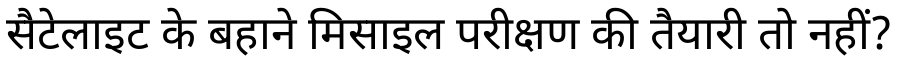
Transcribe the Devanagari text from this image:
सैटेलाइट के बहाने मिसाइल परीक्षण की तैयारी तो नहीं?